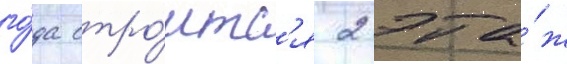
го́да стро́итс'я 2 эта́ж